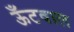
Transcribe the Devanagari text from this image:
ऊँटवाल